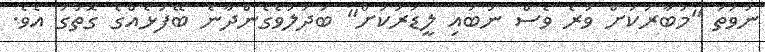
ނުވަތަ "މުބާރަކަށް ވުރެ ވެސް ނުބައި ލީޑަރަކަށް" ބަދަލުވެގެންދާނެ ބޭފުޅެއްގެ ގޮތުގަ އެވެ.